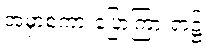
အမှာစကားပြောကြားရာ၌